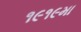
૧૯૧૯મા